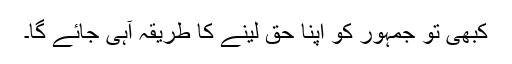
کبھی تو جمہور کو اپنا حق لینے کا طریقہ آہی جائے گا۔